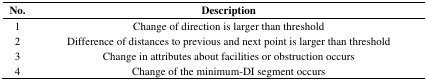
<table><thead><tr><td><b>No.</b></td><td><b>Description</b></td></tr></thead><tbody><tr><td>1</td><td>Change of direction is larger than threshold</td></tr><tr><td>2</td><td>Difference of distances to previous and next point is larger than threshold</td></tr><tr><td>3</td><td>Change in attributes about facilities or obstruction occurs</td></tr><tr><td>4</td><td>Change of the minimum-DI segment occurs</td></tr></tbody></table>